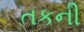
તકની